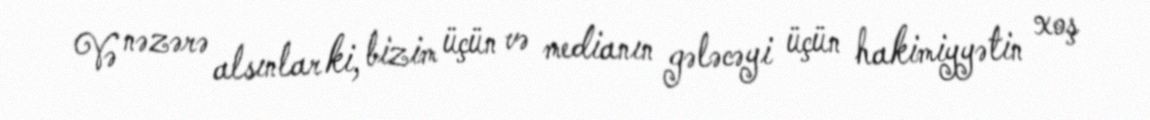
Və nəzərə alsınlar ki, bizim üçün və medianın gələcəyi üçün hakimiyyətin xoş